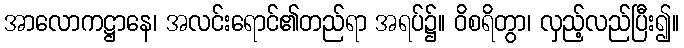
အာလောကဋ္ဌာနေ၊ အလင်းရောင်၏တည်ရာ အရပ်၌။ ဝိစရိတွာ၊ လှည့်လည်ပြီး၍။